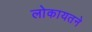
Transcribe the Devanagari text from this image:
लोकायतने